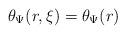
LaTeX: \begin{align*}\theta_{\Psi}(r,\xi) = \theta_{\Psi}(r)\end{align*}